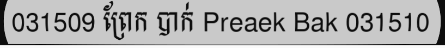
031509 ព្រែក បាក់ Preaek Bak 031510